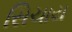
સિચાય